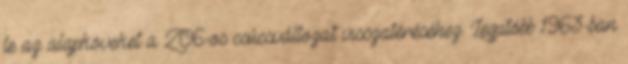
le az alapköveket a Z06-os csúcsváltozat visszatéréséhez. Legutóbb 1963-ban